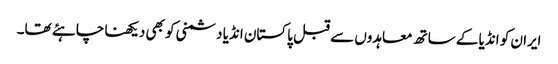
ایران کو انڈیا کے ساتھ معاہدوں سے قبل پاکستان انڈیا دشمنی کو بھی دیکھنا چاہئے تھا۔